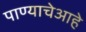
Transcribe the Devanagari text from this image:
पाण्याचेआहे